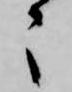
々